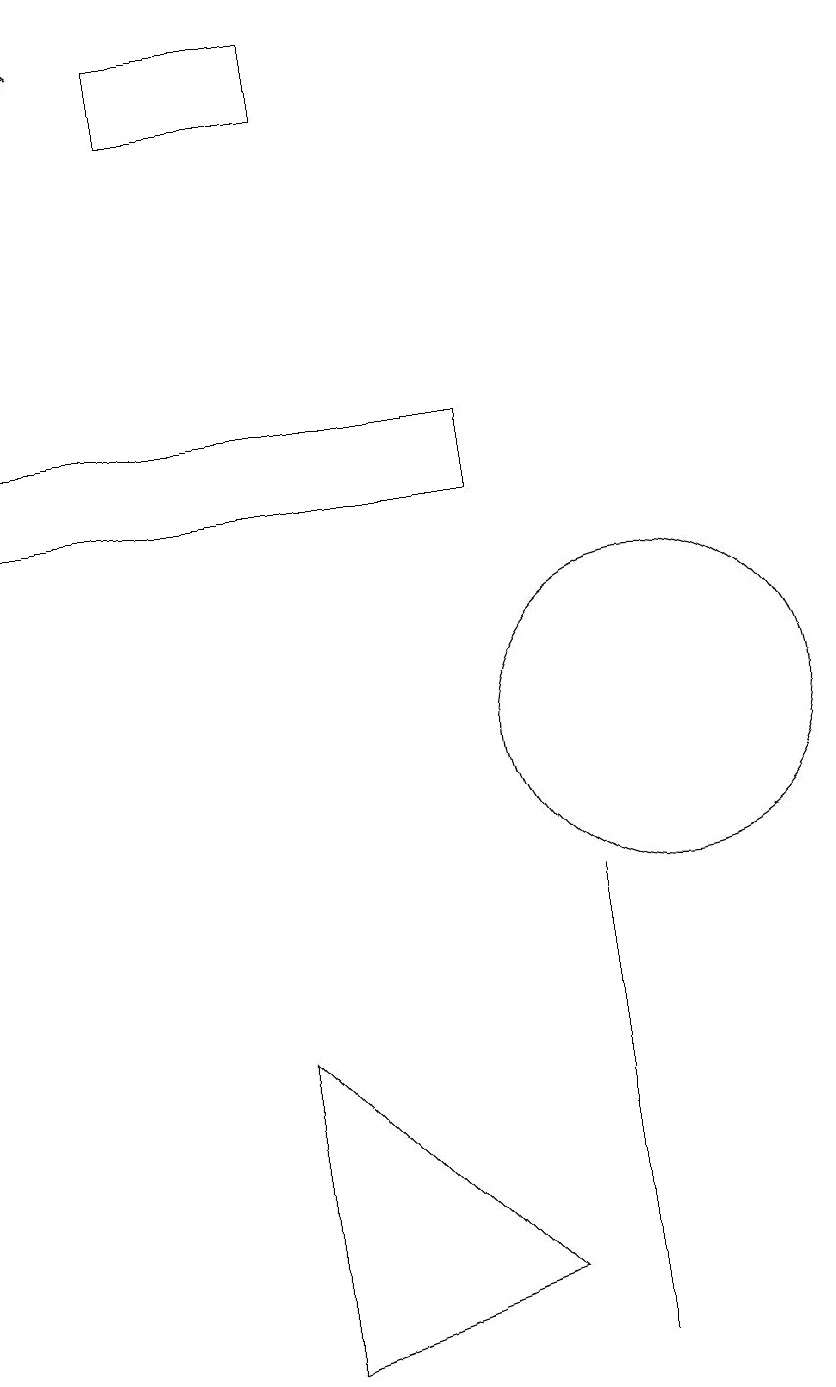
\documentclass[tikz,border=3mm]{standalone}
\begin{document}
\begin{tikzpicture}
\draw (8,3) -- (5,2) -- (5,6) -- cycle;
\draw (2,13) rectangle (8,14);
\draw[->] (2,16) -- (3,19);
\draw (6,18) rectangle (4,19);
\draw (9,8) -- (9,2) -- (9,2) -- cycle;
\draw (10,10) circle (2);
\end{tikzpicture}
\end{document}